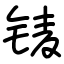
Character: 鿏